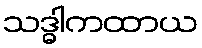
သဒ္ဓါကထာယ